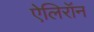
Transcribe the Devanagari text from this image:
ऐलिरॉन